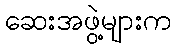
ဆေးအဖွဲ့များက